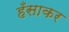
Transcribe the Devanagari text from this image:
हँसाकर